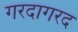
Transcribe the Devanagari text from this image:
गरदागरद